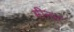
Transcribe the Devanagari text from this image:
मीनन